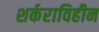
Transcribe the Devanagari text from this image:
शर्कराविहीन